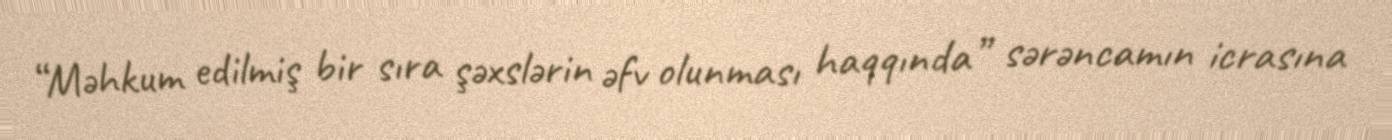
“Məhkum edilmiş bir sıra şəxslərin əfv olunması haqqında” sərəncamın icrasına